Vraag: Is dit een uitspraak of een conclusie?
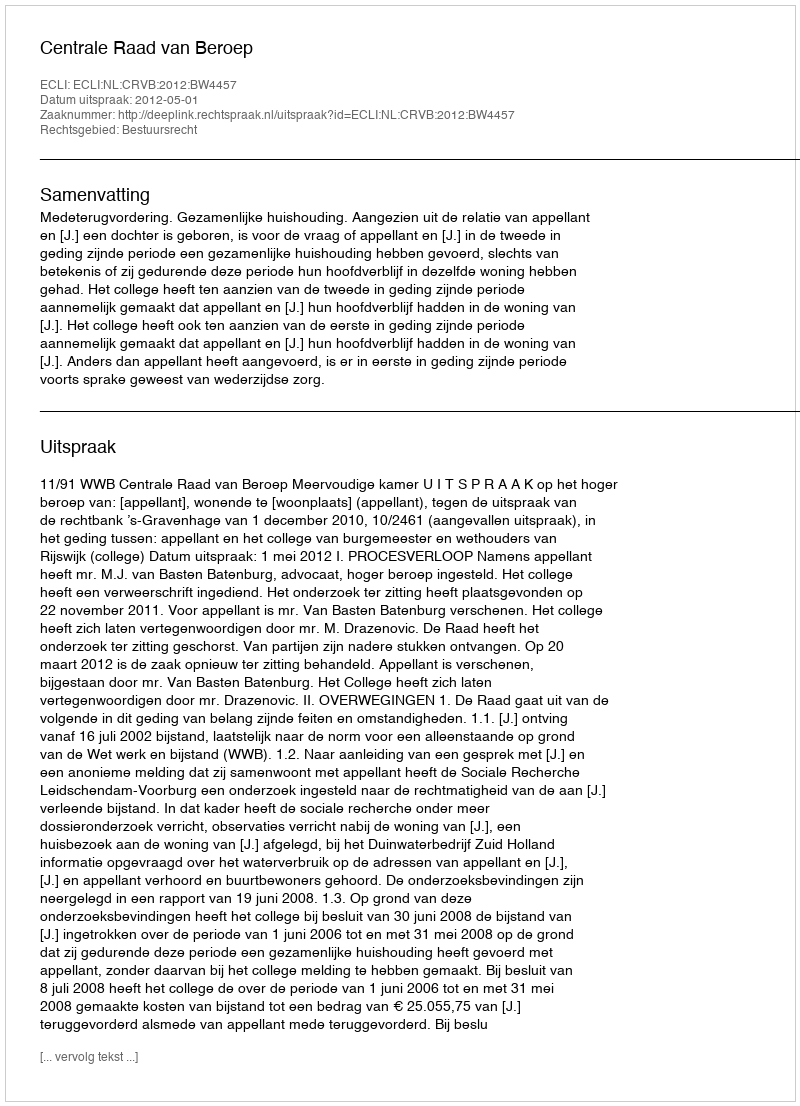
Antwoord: Uitspraak